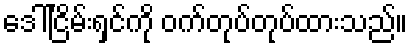
ဒေါ်ငြိမ်းရှင်ကို ဝက်တုပ်တုပ်ထားသည်။